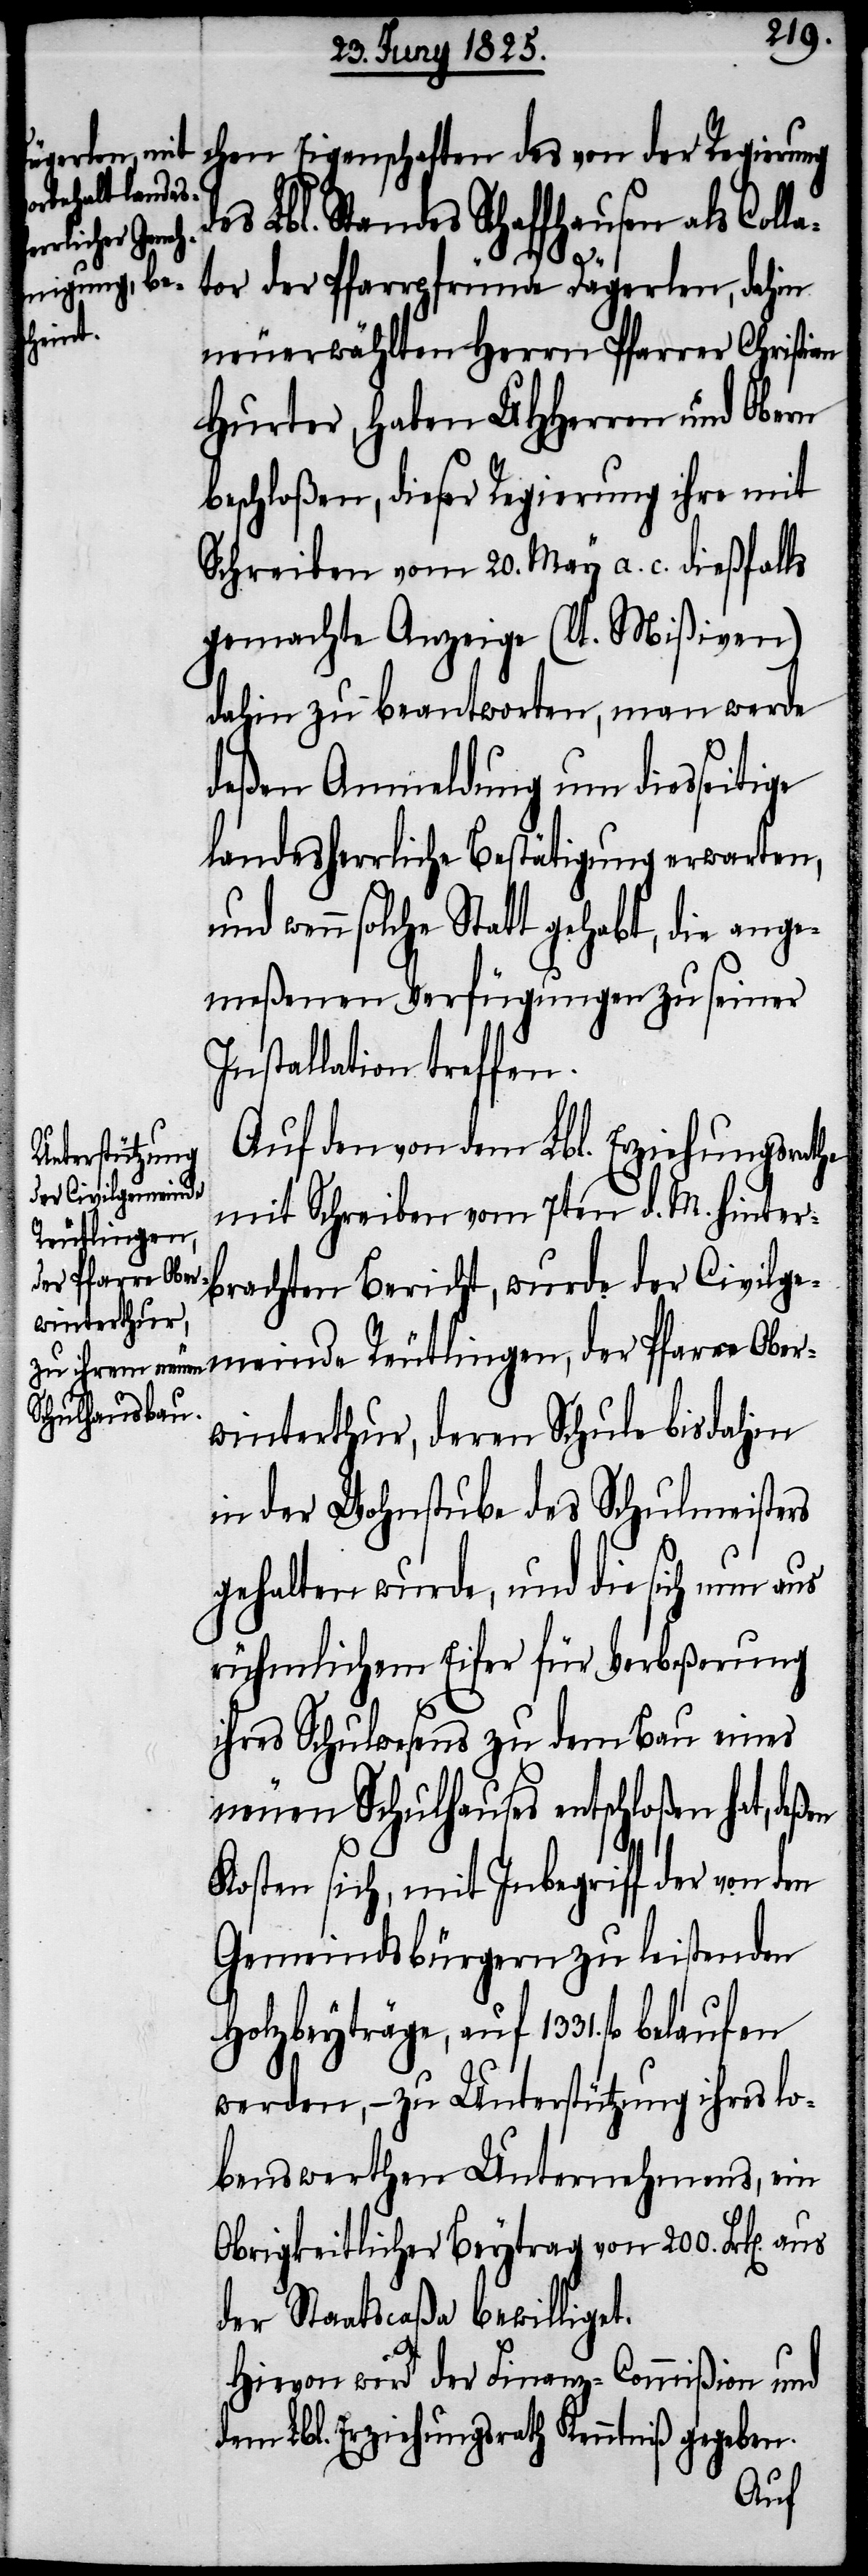
chen Eigenschaften des von der Regierung
des Lbl. Standes Schaffhausen als Coll¬
ator der Pfarrpfründe Dägerlen, dahin
neuerwählten Herrn Pfarrer Christian
Hurter, haben UHHerren und Obern
beschloßen, dieser Regierung ihre mit
Schreiben vom 20. May a. c. dießfalls
gemachte Anzeige (lt. Mißiven)
dahin zu beantworten, man werde
deßen Anmeldung um diesseitige
landesherrliche Bestätigung erwarten,
wenn solche Statt gehabt, die ange¬
meßenen Verfügungen zu seiner
Installation treffen.
Auf den von dem Lbl. Erziehungsrathe
mit Schreiben vom 7ten d. M. hinte¬
rbrachten Bericht, wurde der Civilge¬
meinde Reutlingen, der Pfarre Ober¬
winterthur, deren Schule bis dahin
in der Wohnstube des Schulmeisters
gehalten wurde, und die sich nun aus
rühmlichen Eifer für Verbeßerung
ihres Schulwesens zu dem Bau eines
neuen Schulhauses entschloßen hat, deßen
Kosten sich, mit Inbegriff der von den
Gemeindsbürgern zu leistenden
Holzbeyträge, auf 1331. fl
werden, – zu Unterstützung ihres lo¬
benswerthen Unternehmens, ein
Obrigkeitlicher Beytrag von 200. Frk[en].
der Staatscaßa bewilligt.
Hievon wird der Finanz-Commißion und
dem Lbl. Erziehungsrathe Kenntniß gegeben.